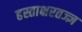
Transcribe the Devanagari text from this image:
हस्ताक्षरतज्ज्ञ